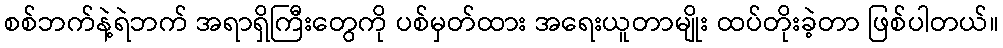
စစ်ဘက်နဲ့ရဲဘက် အရာရှိကြီးတွေကို ပစ်မှတ်ထား အရေးယူတာမျိုး ထပ်တိုးခဲ့တာ ဖြစ်ပါတယ်။